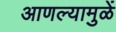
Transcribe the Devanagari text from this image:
आणल्यामुळें